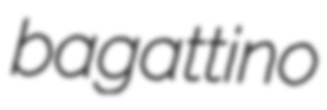
bagattino